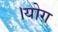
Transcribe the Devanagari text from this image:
।योग